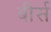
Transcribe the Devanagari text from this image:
बीर्स